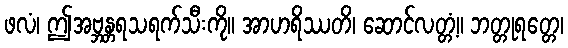
ဖလံ၊ ဤအဗ္ဘန္တရသရက်သီးကို။ အာဟရိဿတိ၊ ဆောင်လတ္တံ့။ ဘတ္တုရတ္တေ၊